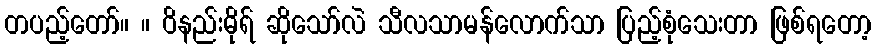
တပည့်တော်။ ။ ဝိနည်းဓိုရ် ဆိုသော်လဲ သီလသာမန်လောက်သာ ပြည့်စုံသေးတာ ဖြစ်ရတော့